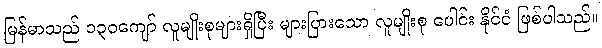
မြန်မာသည် ၁၃၀ကျော် လူမျိုးစုများရှိပြီး များပြားသော လူမျိုးစု ပေါင်း နိုင်ငံ ဖြစ်ပါသည်။